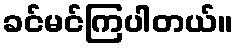
ခင်မင်ကြပါတယ်။